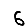
Digit: 6